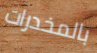
بالمخدرات